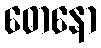
ဓောနော